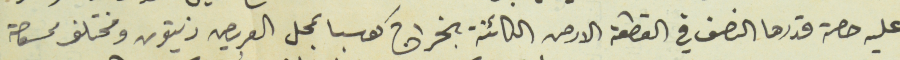
عليه حصة قدرها النصف في القطعة الارص الكائنة بالخراج كوسبا بمحل العريص زيتون ومختلف ممسوحة